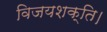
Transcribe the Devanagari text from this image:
विजयशक्ति।